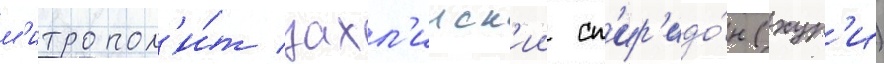
м'итропол'и́т захл'ииск'ии сп'ир'идо́н (хур'и)